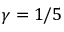
\gamma = 1 / 5